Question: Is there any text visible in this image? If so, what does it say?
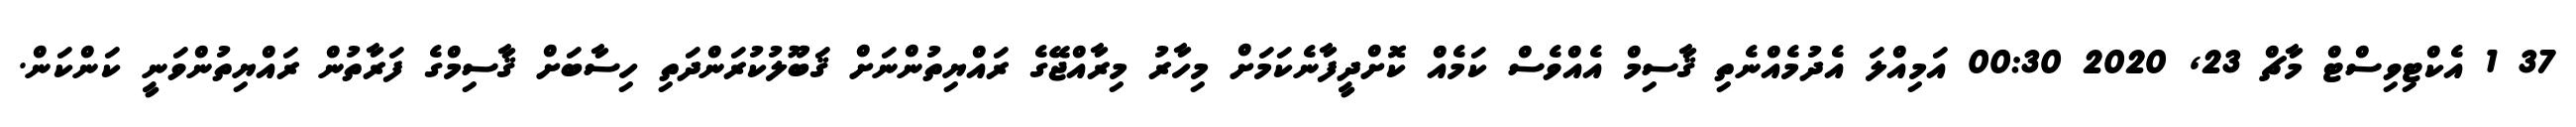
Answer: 37 1 އެކްޓިވިސްޓް މާޗް 23, 2020 00:30 އަމިއްލަ އެދުމެއްނެތި ޤާސިމް އެއްވެސް ކަމެއް ކޮށްދީފާނެކަމަށް މިހާރު މިރާއްޖޭގެ ރައްޔިތުންނަށް ޤަބޫލުކުރަންދަތި ހިސާބަށް ޤާސިމްގެ ފަރާތުން ރައްޔިތުންވަނީ ކަންކަން.